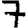
Digit: 7